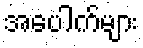
အပေါက်များ